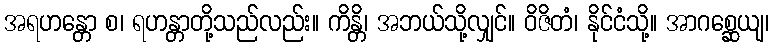
အရဟန္တော စ၊ ရဟန္တာတို့သည်လည်း။ ကိန္တိ၊ အဘယ်သို့လျှင်။ ဝိဇိတံ၊ နိုင်ငံသို့။ အာဂစ္ဆေယျ၊